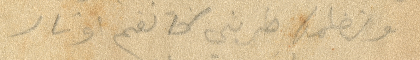
ونظمها طربني كا نغم أوتار